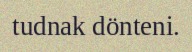
tudnak dönteni.